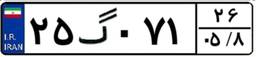
۲۵گ۵۹۴۶۶